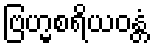
ဗြဟ္မစရိယဝန္တံ